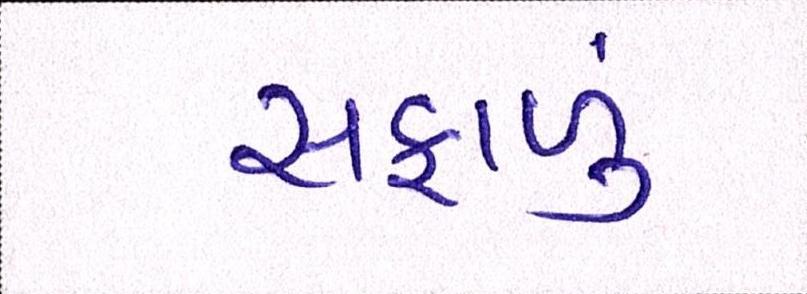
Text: સફાળું